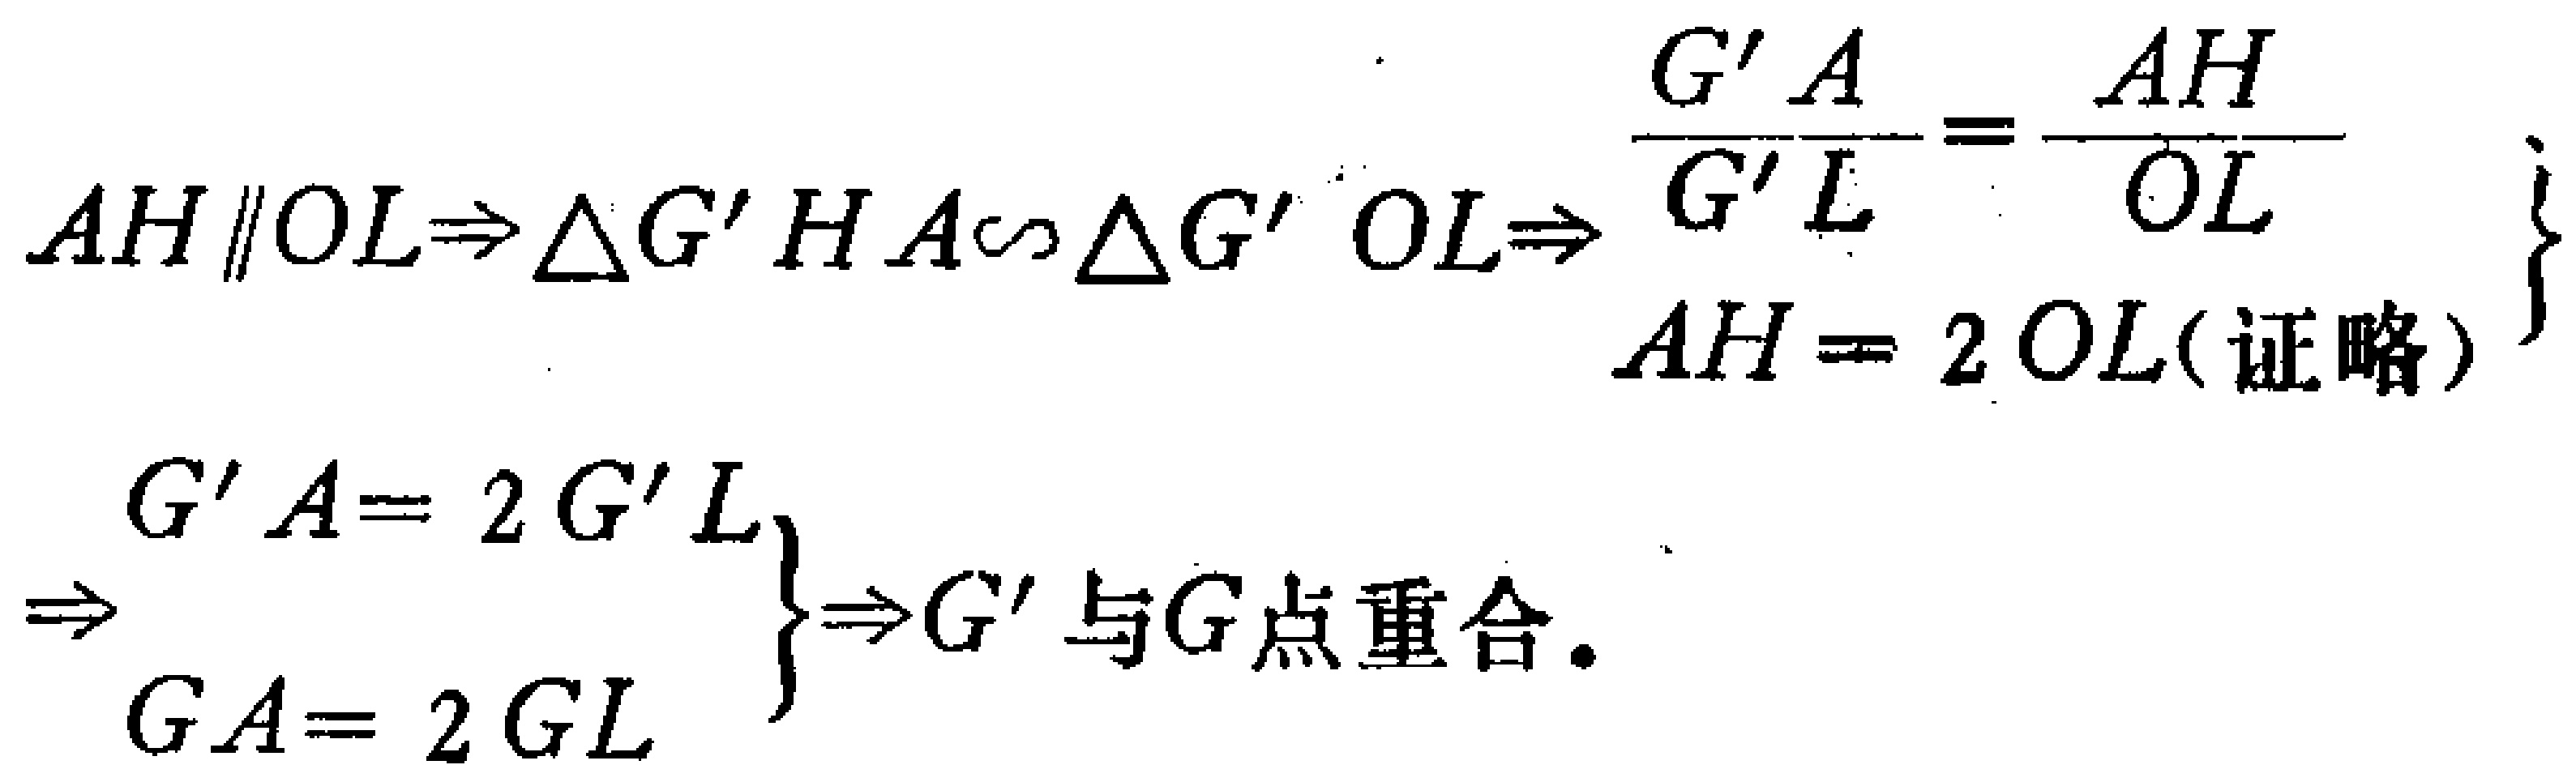
\[
\begin{align*}
AH\parallel OL&\Rightarrow\triangle G'HA\sim\triangle G'OL\Rightarrow
\left.
\begin{array}{l}
\frac{G'A}{G'L}=\frac{AH}{OL}\\
AH = 2OL(\text{证略})
\end{array}
\right\}\\
&\Rightarrow
\left.
\begin{array}{l}
G'A=2G'L\\
GA = 2GL
\end{array}
\right\}\Rightarrow G'\text{与}G\text{点重合}.
\end{align*}
\]